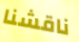
ناقشنا